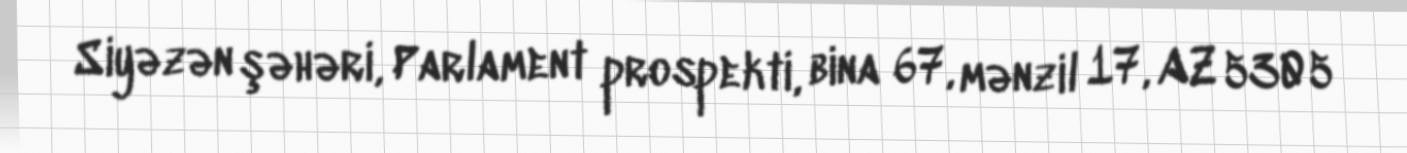
Siyəzən şəhəri, Parlament prospekti, bina 67, mənzil 17, AZ 5305